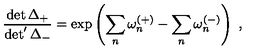
\frac { \det \Delta _ { + } } { \det ^ { \prime } \Delta _ { - } } = \exp \left( \sum _ { n } \omega _ { n } ^ { ( + ) } - \sum _ { n } \omega _ { n } ^ { ( - ) } \right) \ ,